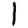
Digit: 1